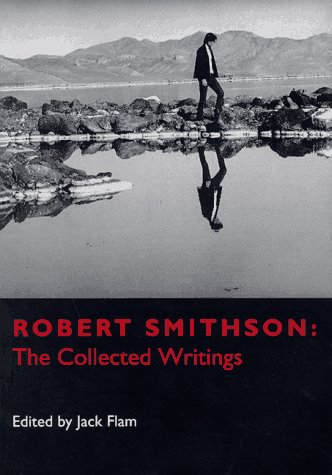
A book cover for Robert Smithson: The Collected Writings; Robert Smithson; Reference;